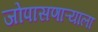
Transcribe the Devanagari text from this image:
जोपासणाऱ्याला